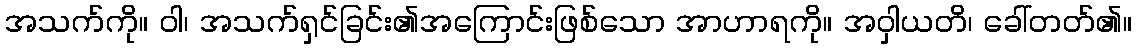
အသက်ကို။ ဝါ၊ အသက်ရှင်ခြင်း၏အကြောင်းဖြစ်သော အာဟာရကို။ အဝှါယတိ၊ ခေါ်တတ်၏။